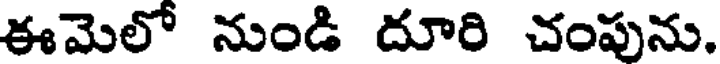
ఈమెలో నుండి దూరి చంపును.